Leprosy in India: report of the Leprosy Commission in India, 1890-91
Year: 1890
Disease focus: Leprosy
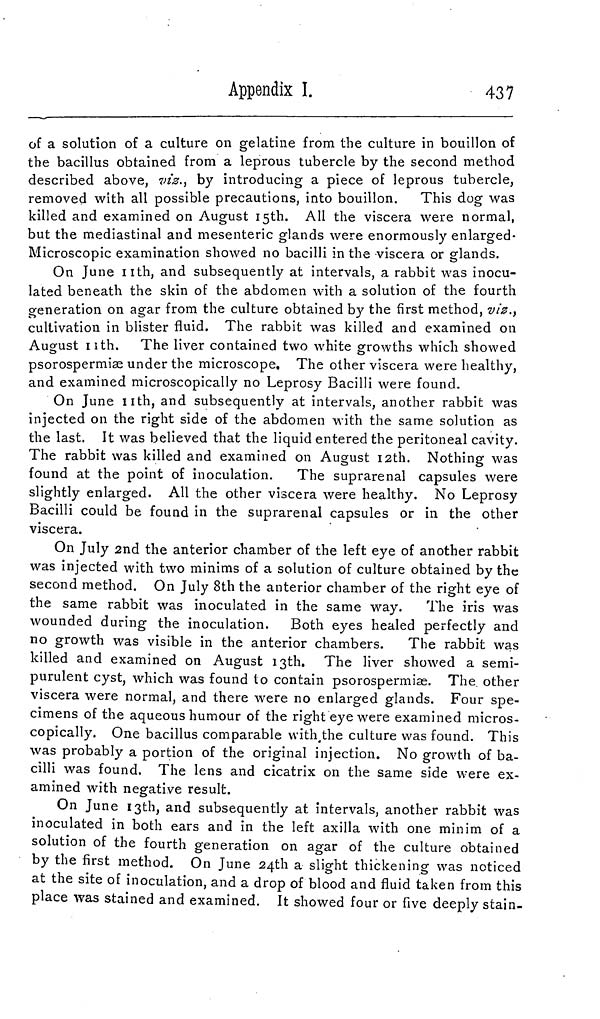
Appendix I.
437
of a solution of a culture on gelatine from the culture in bouillon of
the bacillus obtained from a leprous tubercle by the second method
described above, viz., by introducing a piece of leprous tubercle,
removed with all possible precautions, into bouillon. This dog was
killed and examined on August 15th. All the viscera were normal,
but the mediastinal and mesenteric glands were enormously enlarged-
Microscopic examination showed no bacilli in the viscera or glands.
On June nth, and subsequently at intervals, a rabbit was inocu-
lated beneath the skin of the abdomen with a solution of the fourth
generationeneration on agar from the culture obtained by the first method, viz.,
cultivation in blister fluid. The rabbit was killed and examined on
August nth. The liver contained two white growths which showed
psorospermise under the microscope. The other viscera were healthy,
and examined microscopically no Leprosy Bacilli were found.
On June nth, and subsequently at intervals, another rabbit was
injected on the right side of the abdomen with the same solution as
the last. It was believed that the liquid entered the peritoneal cavity.
The rabbit was killed and examined on August 12th. Nothing was
found at the point of inoculation.
The suprarenal capsules were
slightly enlarged. All the other viscera were healthy. No Leprosy
Bacilli could be found in the suprarenal capsules or in the other
viscera.
On July 2nd the anterior chamber of the left eye of another rabbit
was injected with two minims of a solution of culture obtained by the
second method. On July 8th the anterior chamber of the right eye of
the same rabbit was inoculated in the same way. The iris was
wounded during the inoculation. Both eyes healed perfectly and
no growth was visible in the anterior chambers. The rabbit was
killed and examined on August 13th. The liver showed a semi-
purulent cyst, which was found to contain psorospermise. The other
viscera were normal, and there were no enlarged glands. Four spe-
cimens of the aqueous humour of the right eye were examined micros-
copically. One bacillus comparable with the culture was found. This
was probably a portion of the original injection. No growth of ba-
cilli was found. The lens and cicatrix on the same side were ex-
amined with negative result.
On June 13th, and subsequently at intervals, another rabbit was
inoculated in both ears and in the left axilla with one minim of a
solution of the fourth generation on agar of the culture obtained
by the first method. On June 24th a slight thickening was noticed
at the site of inoculation, and a drop of blood and fluid taken from this
place was stained and examined. It showed four or five deeply stain-